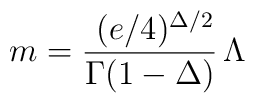
m= {\, \, (e/4)^{\Delta /2} \over \Gamma(1- \Delta)} \,\Lambda